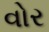
વોર